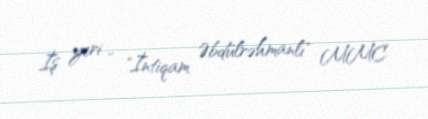
İş yeri - "İntiqam Əbdülrəhmanlı" MMC